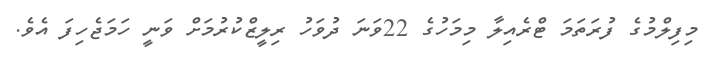
މިފިލްމުުގެ ފުރަތަމަ ޓްރެއިލާ މިމަހުގެ 22ވަނަ ދުވަހު ރިލީޒްކުރުމަށް ވަނީ ހަމަޖެހިފަ އެވެ.